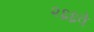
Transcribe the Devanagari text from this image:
२६६वे